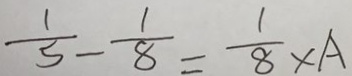
\frac { 1 } { 5 } - \frac { 1 } { 8 } = \frac { 1 } { 8 } \times A